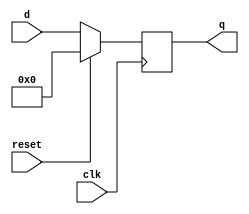
module top_module (
    input clk,
    input reset,            // Synchronous reset
    input [7:0] d,
    output [7:0] q
);
	always @ (posedge clk) begin
        //this is an active high  synchronous reset
        if (reset) q<=8'b0;
        else q <= d;
    end
endmodule